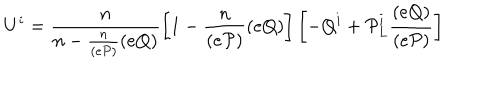
U ^ { i } = \frac { n } { n - \frac { n } { ( e { \cal P } ) } ( e Q ) } \left[ 1 - \frac { n } { ( e { \cal P } ) } ( e Q ) \right] \left[ - Q ^ { i } + { \cal P } _ { L } ^ { i } \frac { ( e Q ) } { ( e { \cal P } ) } \right]